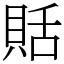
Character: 𧵳